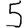
Digit: 5